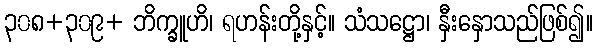
၃၀၈+၃၀၉+ ဘိက္ခူဟိ၊ ရဟန်းတို့နှင့်။ သံသဋ္ဌော၊ နှီးနှောသည်ဖြစ်၍။